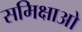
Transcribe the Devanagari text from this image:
समिक्षाओ